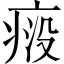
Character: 𬏱